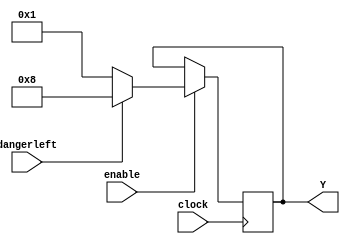
module DirectionaLights(Y, clock, enable, dangerleft);
input clock;
input enable;
output [3:0] Y;
input dangerleft;
reg [3:0]Y;
always @(posedge clock)
	begin
	if(enable ==1)
		if (dangerleft==0)Y=4'b0001; 	//Y=4'b0010;Y=4'b0100;Y=4'b1000;
		else if(dangerleft==1)Y=4'b1000;	//Y=4'b0100; Y=4'b0010; Y=4'b0001;
	else if(enable==0)Y=4'b0000;
	end
endmodule